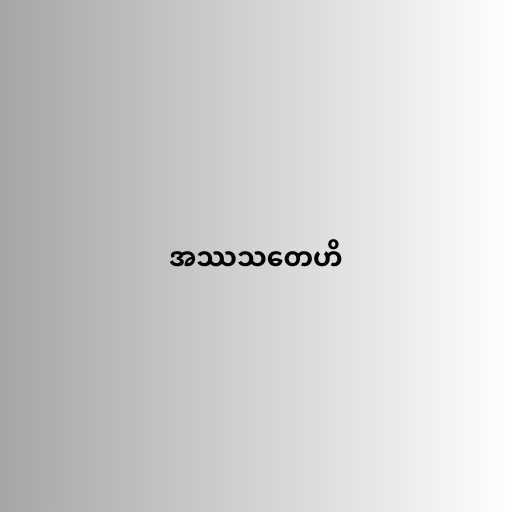
အဿသတေဟိ